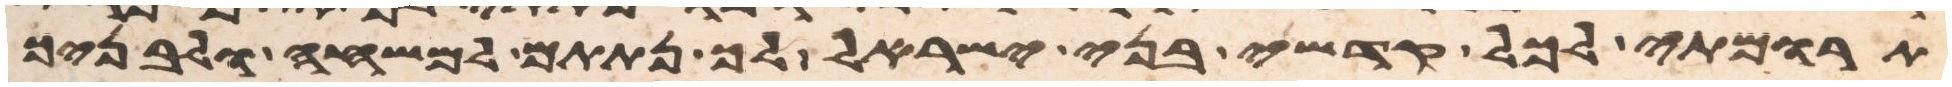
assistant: תרומתי לכל קדשי בני ישראל לך נתתים למשחה ולבניך